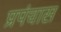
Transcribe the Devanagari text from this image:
प्रपंचास